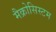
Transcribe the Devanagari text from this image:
मैक्रोसिस्टम